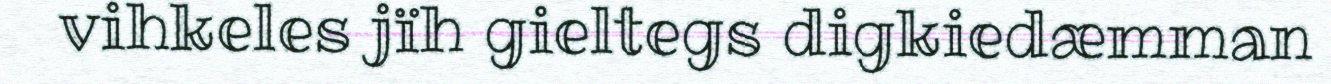
vihkeles jïh gieltegs digkiedæmman